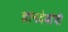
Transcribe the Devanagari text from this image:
ज्ञानदेवांची